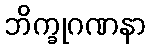
ဘိက္ခုဂဏနာ